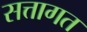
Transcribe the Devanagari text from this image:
सत्तागत